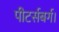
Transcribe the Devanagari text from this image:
पीटर्सबर्ग।